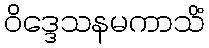
ဝိဒ္ဒေသနမကာသိံ